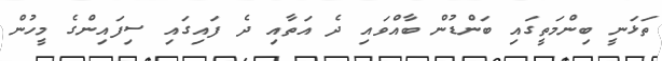
ތަޅަނީ ބިންމަތީގައި ބަންޑުން ބާއްވައި ދެ އަތާއި ދެ ފައިގައި ސިފައިންގެ މީހުން